Malaria in the Duars
Disease focus: Malaria
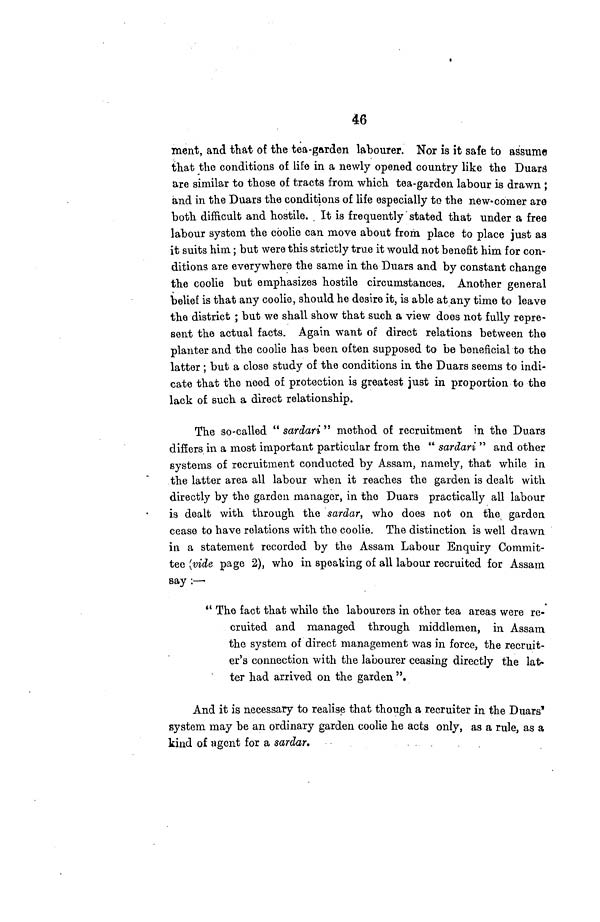
46
ment, and that of the tea-garden labourer. Nor is it safe to assume
that the conditions of life in a newly opened country like the Duars
are similar to those of tracts from which tea-garden labour is drawn ;
and in the Duars the conditions of life especially to the new-comer are
both difficult and hostile. It is frequently stated that under a free
labour system the coolie can move about from place to place just as
it suits him; but were this strictly true it would not benefit him for con-
ditions are everywhere the same in the Duars and by constant change
the coolie but emphasizes hostile circumstances. Another general
belief is that any coolie, should he desire it, is able at any time to leave
the district ; but we shall show that such a view does not fully repre-
sent the actual facts. Again want of direct relations between the
planter and the coolie has been often supposed to be beneficial to the
latter ; but a close study of the conditions in the Duars seems to indi-
cate that the need of protection is greatest just in proportion to the
lack of such a direct relationship.
The so-called " sardari " method of recruitment in the Duara
differs in a most important particular from the " sardari " and other
systems of recruitment conducted by Assam, namely, that while in
the latter area all labour when it reaches the garden is dealt with
directly by the garden manager, in the Duars practically all labour
is dealt with through the sardar, who does not on the garden
cease to have relations with the coolie. The distinction is well drawn
in a statement recorded by the Assam Labour Enquiry Commit-
tee (vide page 2), who in speaking of all labour recruited for Assam
say :—
" The fact that while the labourers in other tea areas were re-
cruited and managed through middlemen, in Assam
the system of direct management was in force, the recruit-
er's connection with the labourer ceasing directly the lat-
ter had arrived on the garden ".
And it is necessary to realise that though a recruiter in the Duars'
system may be an ordinary garden coolie he acts only, as a rule, as a
kind of agent for a sardar.